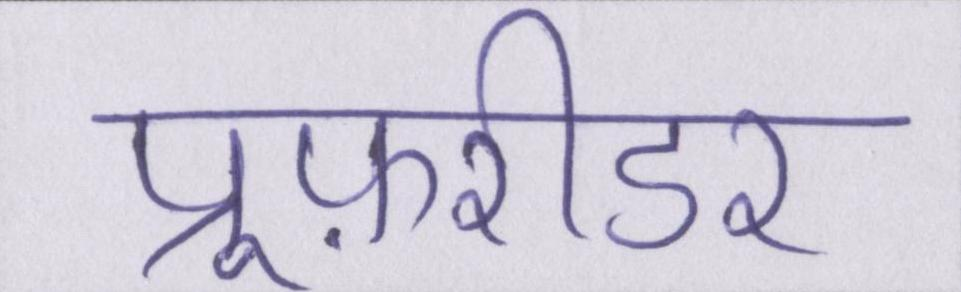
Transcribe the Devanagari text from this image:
प्रूफ़रीडर